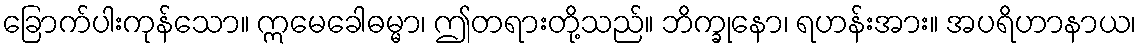
ခြောက်ပါးကုန်သော။ ဣမေခေါဓမ္မာ၊ ဤတရားတို့သည်။ ဘိက္ခုနော၊ ရဟန်းအား။ အပရိဟာနာယ၊